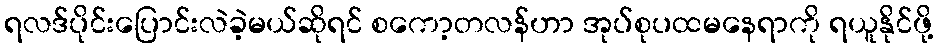
ရလဒ်ပိုင်းပြောင်းလဲခဲ့မယ်ဆိုရင် စကော့တလန်ဟာ အုပ်စုပထမနေရာကို ရယူနိုင်ဖို့